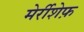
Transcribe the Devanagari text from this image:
मेर्रीशेफ़